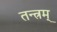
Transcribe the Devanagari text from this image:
तन्त्रम्